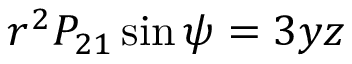
r ^ { 2 } P _ { 2 1 } \sin \psi = 3 y z